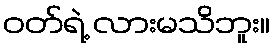
ဝတ်ရဲ့ လားမသိဘူး။